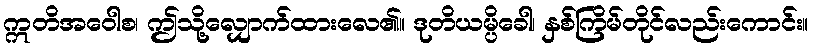
ဣတိအဝေါစ၊ ဤသို့လျှောက်ထားလေ၏။ ဒုတိယမ္ပိခေါ၊ နှစ်ကြိမ်တိုင်လည်းကောင်း။